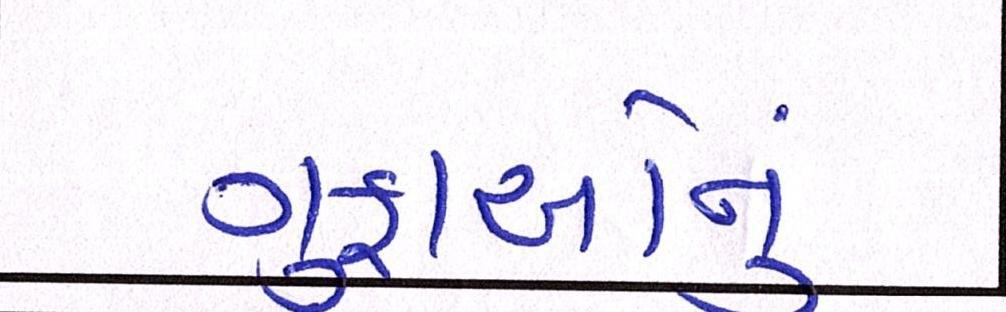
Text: ગુફાઓનું